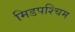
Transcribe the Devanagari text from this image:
मिडपश्चिम